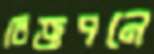
বিজ্ঞপনে